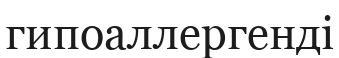
гипоаллергенді